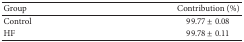
| Group | Contribution (%) |
 | --- | --- |
 | Control | 99.77 ± 0.08 |
 | HF | 99.78 ± 0.11 |